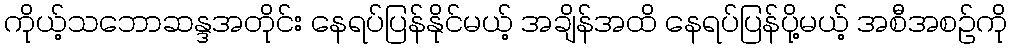
ကိုယ့်သဘောဆန္ဒအတိုင်း နေရပ်ပြန်နိုင်မယ့် အချိန်အထိ နေရပ်ပြန်ပို့မယ့် အစီအစဉ်ကို